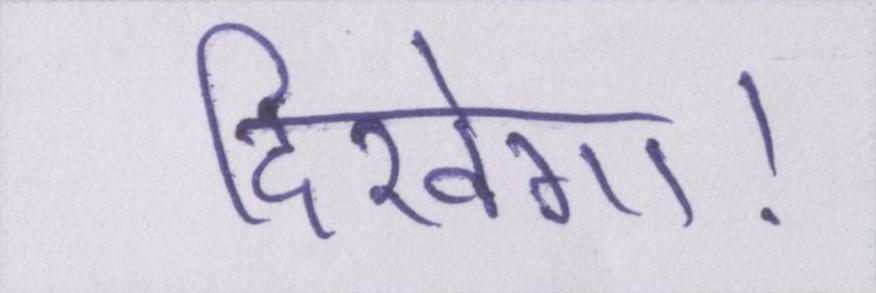
दिखेगा।